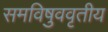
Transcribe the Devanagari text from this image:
समविषुववृतीय